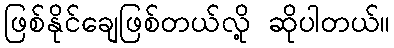
ဖြစ်နိုင်ချေဖြစ်တယ်လို့ ဆိုပါတယ်။